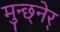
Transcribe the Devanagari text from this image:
मुन्छ्नेर्